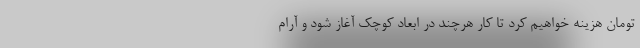
تومان هزینه خواهیم کرد تا کار هرچند در ابعاد کوچک آغاز شود و آرام